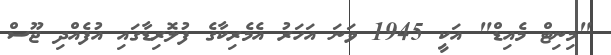
"މިނިޓް މެއިޑް" އަކީ 1945 ވަނަ އަހަރު އެމެރިކާގެ ފުލޮރިޑާގައި އުފެއްދި ޖޫސް